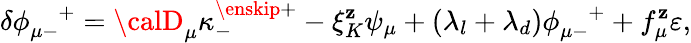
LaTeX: \delta\phi_{\mu-}^{\quad+}={\calD}_{\mu}\kappa_{-}^{\enskip+}-\xi_{K}^{\mathbf{z}}\psi_{\mu}+(\lambda_{l}+\lambda_{d})\phi_{\mu-}^{\quad+}+f_{\mu}^{\mathbf{z}}\varepsilon,